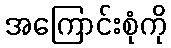
အကြောင်းစုံကို